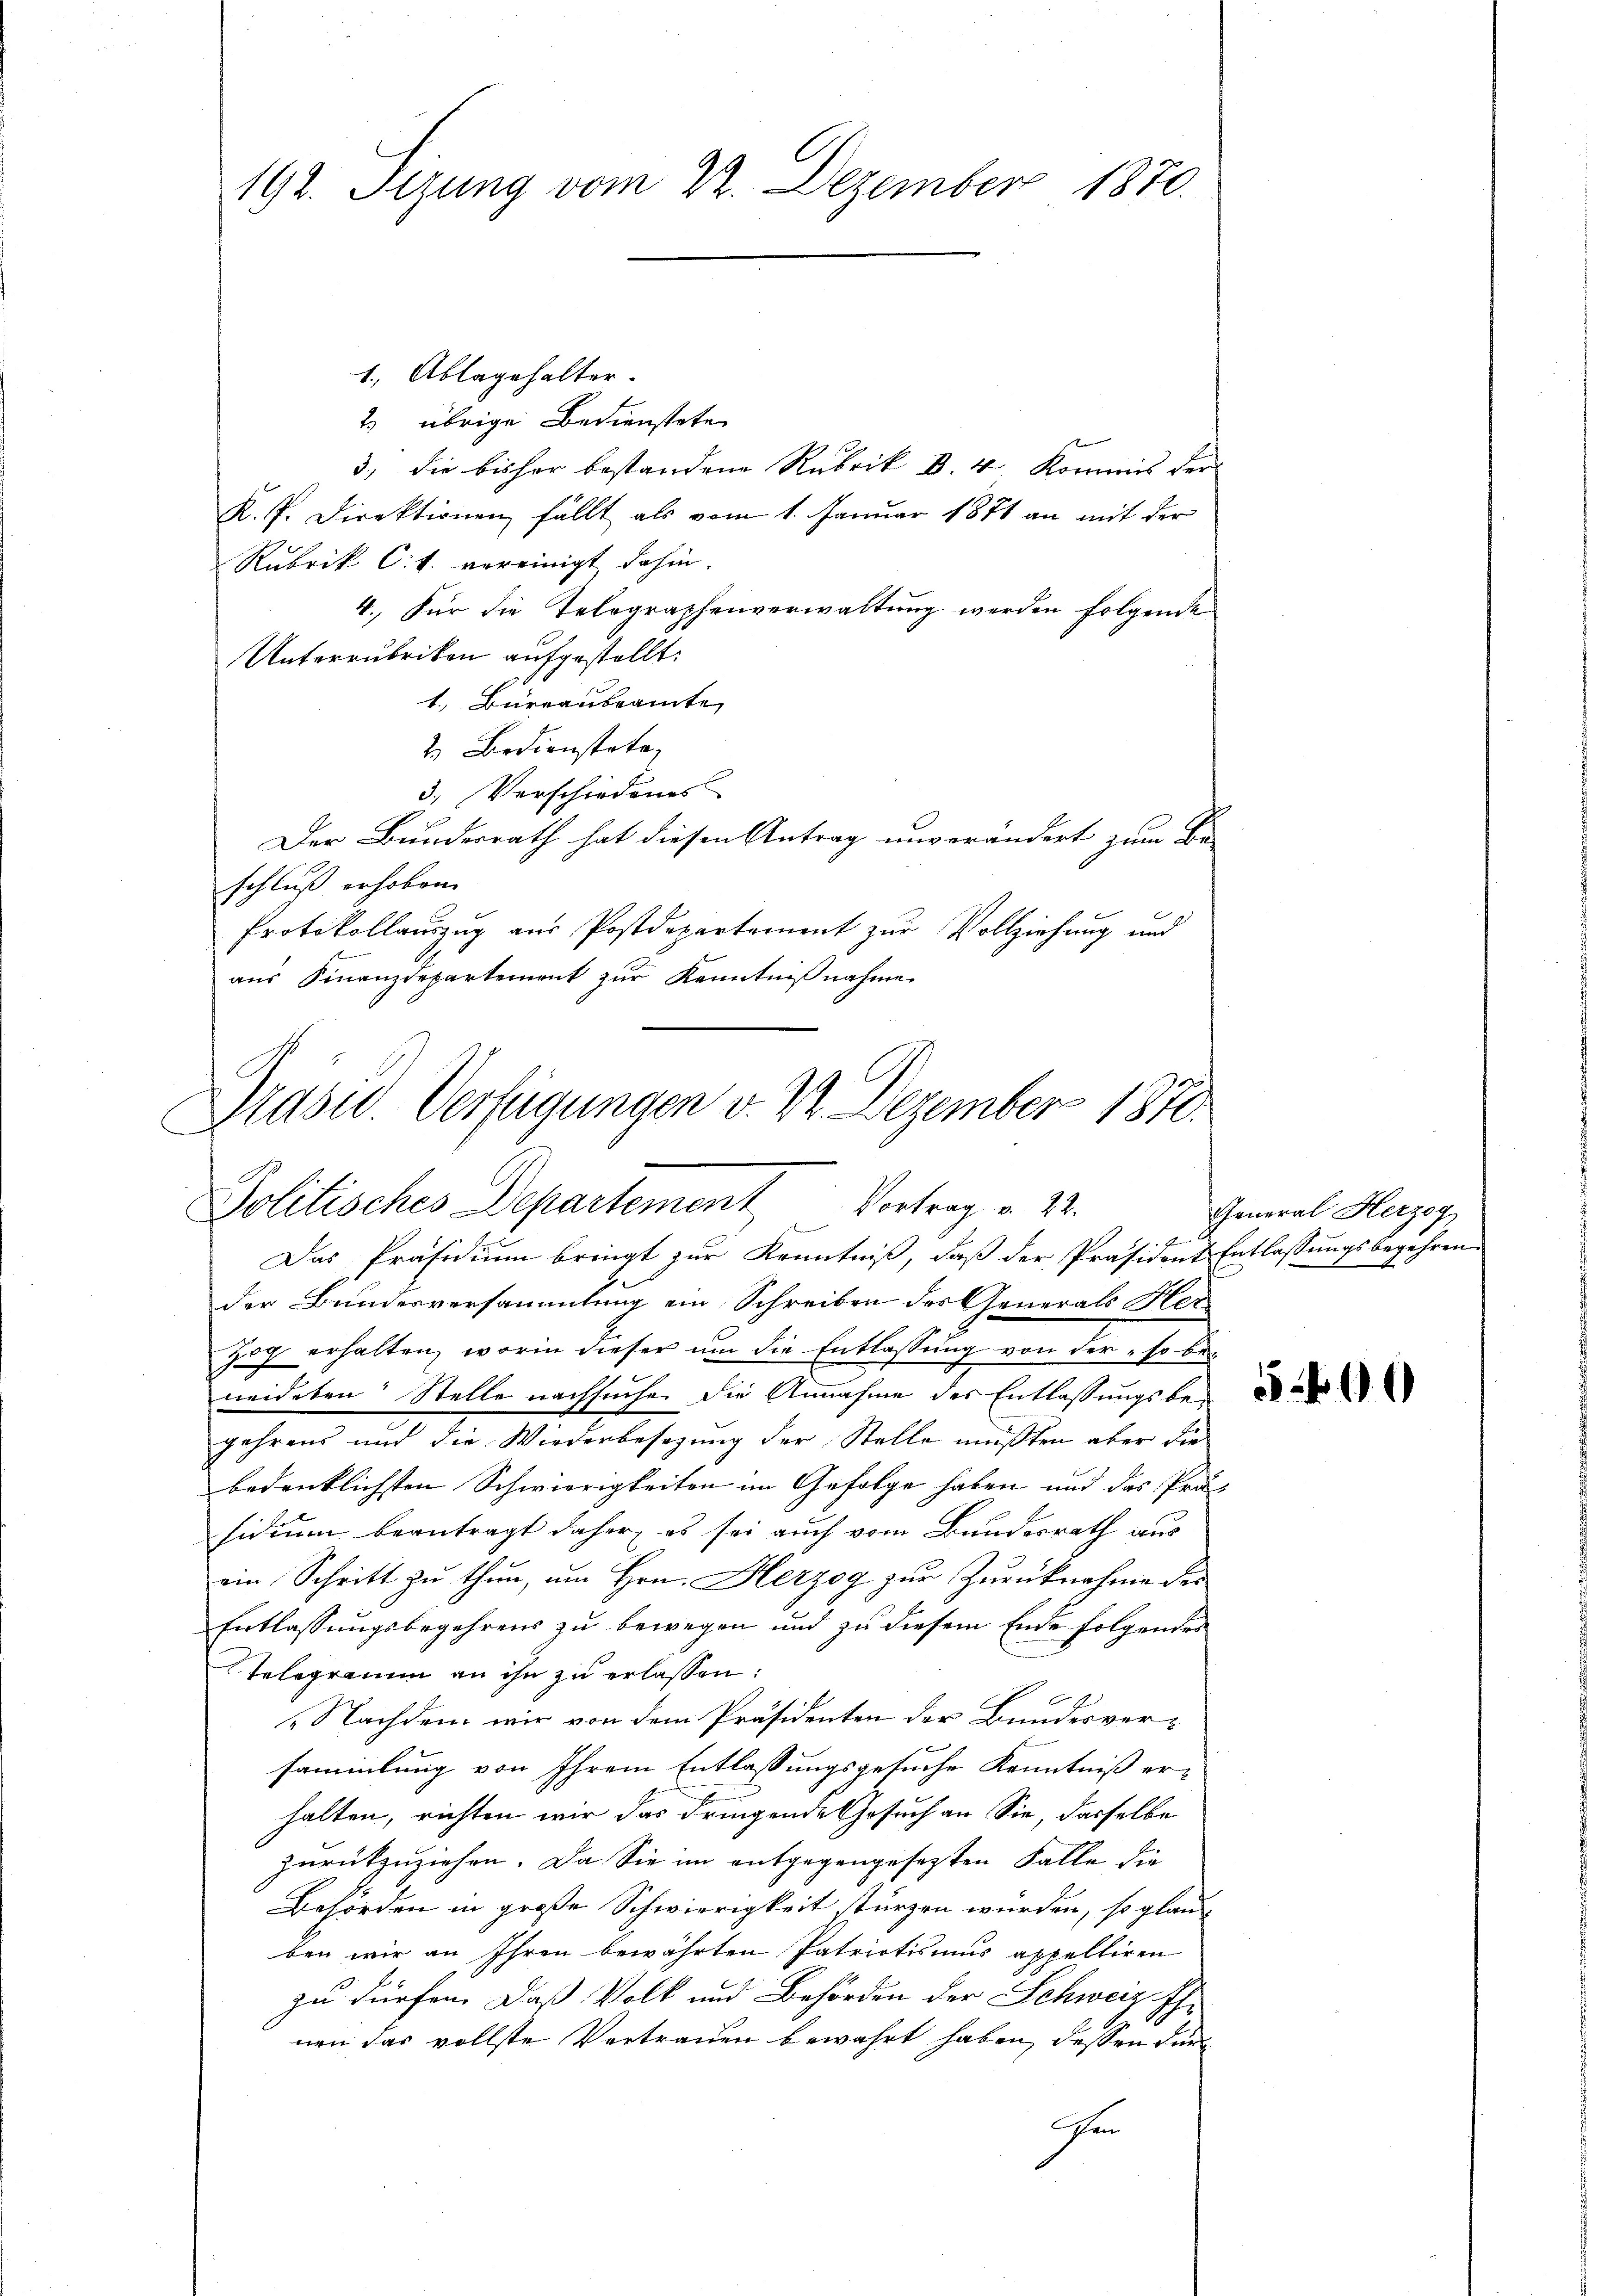
192. Sizung vom 22. Dezember 1870.

1. Ablagehalter.
2) übrige Bedienstete
3., die bisher bestandene Rubrik B. 4. Kommis der
K. P. Direktionen fällt als vom 1. Januar 1871 an mit der
Rubrik Ct. vereinigt dahin.
4. Für die Telegraphenverwaltung werden folgende
Unterzubriken aufgestellt:
1. Büreaubeamte
2. Bedienstete
3.) Verschiedenes
Der Bundesrath hat diesen Antrag unverändert zum Be-
schluß erhoben. |
Protokollauszug aus Postdepartement zur Vollziehung und
aus Finanzdepartement zur Kenntnißnahme

Präsid. Verfügungen v. M. Dezember 1870.
Politisches Departement Vortrag u. 22.
Das Präsidium bringt zur Kenntniß, daß der Präsident Entlassungsbegehren

der Bundesversammlung ein Schreiben des Generals Herzog erhalten, worin dieser um die Entlassung von der so be-
neideten Stelle nachsuchen die Annahme des Entlassungsbe-
gehrens und die Wiederbesezung der Stelle mußten aber die
bedenklichsten Schwierigkeiten im Gefolge haben und das Präs
sidium beantragt daher es sei auch vom Bundesrath aus
ein Schritt zu thun, um Hrn. Herzog zur Zurücknahme der
Entlassungsbegehrens zu bewegen und zu diesem Ende folgendes
Telegramm an ihn zu erlassen:
Nachdem wir von dem Präsidenten der Bundesversammlung von Ihrem Entlassungsgesuche Kenntniß erhalten, richten wir das dringende Gesuch an Sie, dasselbe
zurückzuziehen. Da Sie im entgegengesezten Falle die
Behörden in große Schwierigkeit stürzen würden, so glau
ben wir an Ihren bewährten Patriotismus appelliren
zu dürfen. Daß Volk und Behörden der Schweiz Ehr
nen das vollste Vertrauen bewahrt haben, dessen Fune

General Herzog

5400